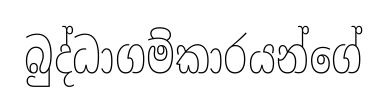
බුද්ධාගම්කාරයන්ගේ